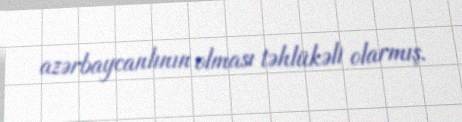
azərbaycanlının olması təhlükəli olarmış.